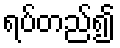
ရပ်တည်၍